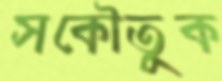
সকৌতুক